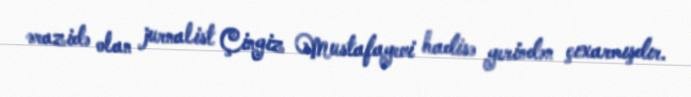
ərazidə olan jurnalist Çingiz Mustafayevi hadisə yerindən çıxarmışdır.